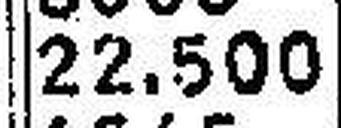
22.500